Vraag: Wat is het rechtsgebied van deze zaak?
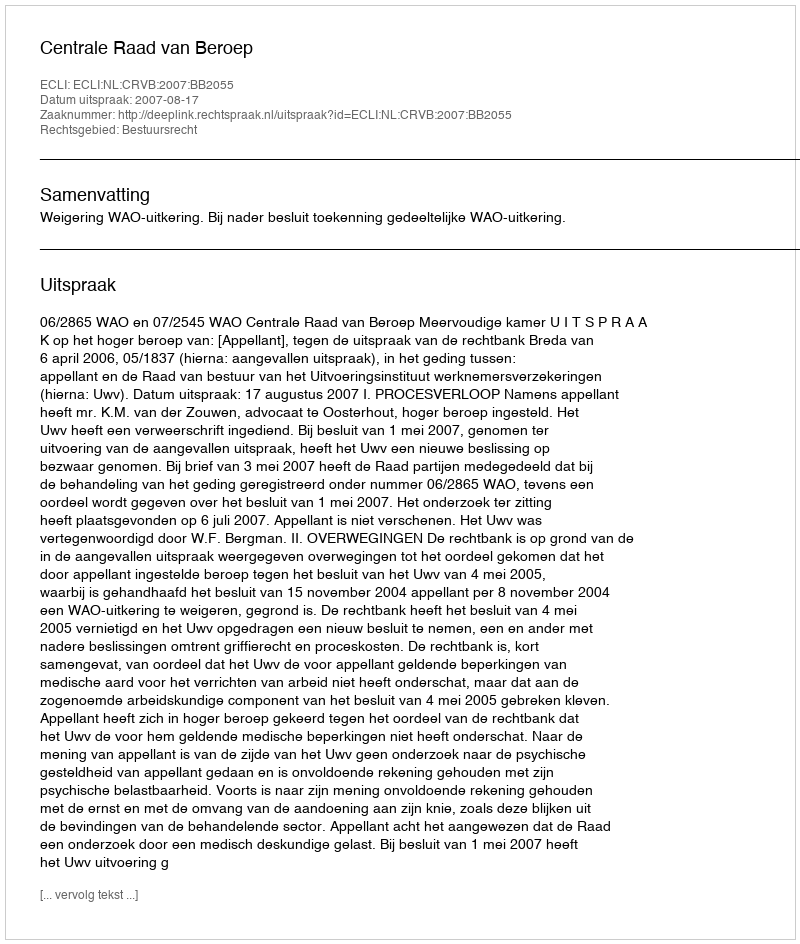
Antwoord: Bestuursrecht